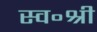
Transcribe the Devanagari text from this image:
स्व॰श्री